Senior Leaving Certificate Examination (including Day School Certificate (Higher) General paper), 1948
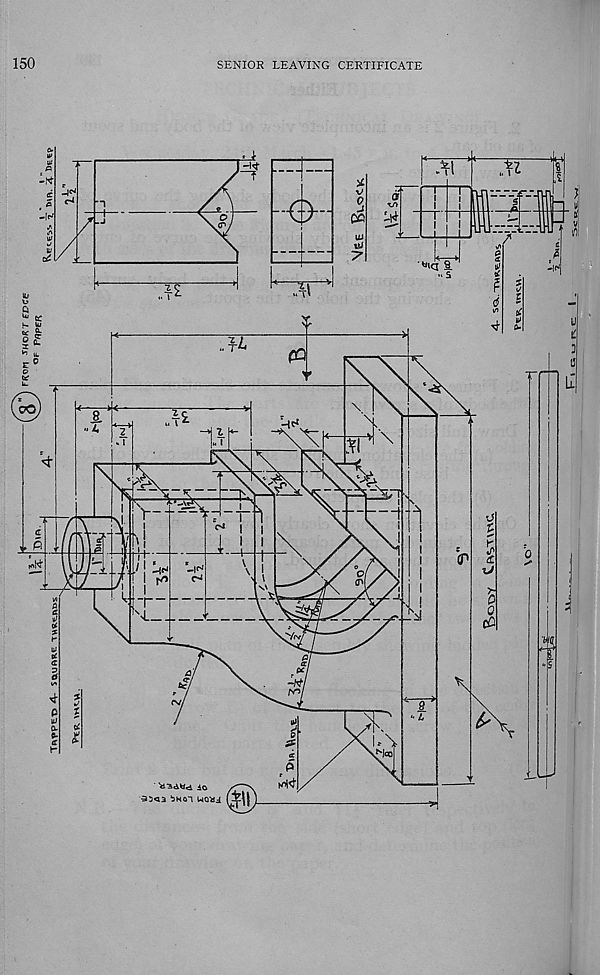
150
SENIOR LEAVING CERTIFICATE
-e
"i
/
...u
7
“id a
.. s
..
ea
/ r \
OO
i.T^-
Ttr
\
\
?Fl
6 ^
k
-i<^
XJ
K*
T
s 4.
p0
V<y
-Kf
t'lcc
io
35<13 ^KOl UQ-HJ.